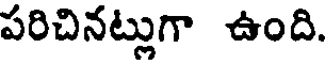
పరిచినట్లుగా ఉంది.